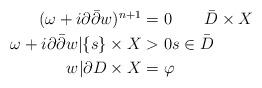
LaTeX: \begin{align*}\begin{aligned}(\omega+i\partial\bar\partial w)^{n+1}&=0\qquad\bar D\times X\\\omega+i\partial\bar\partial w|\{s\}\times X&>0 s\in\bar D \\w|\partial D\times X &=\varphi\end{aligned}\end{align*}